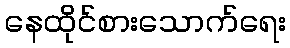
နေထိုင်စားသောက်ရေး